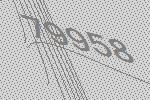
79958